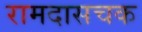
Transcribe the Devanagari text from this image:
रामदासचक